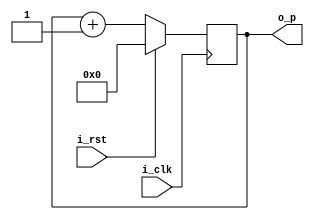
module problem4(
  input i_rst,
  input i_clk,
  output reg [15:0] o_p
);

  always @(posedge i_clk) begin
    if (i_rst) begin
      o_p <= 16'h0000;
    end else begin
      o_p <= o_p + 16'h0001;
    end
  end

endmodule